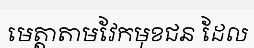
មេត្តាតាមវែកមុខជន ដែល